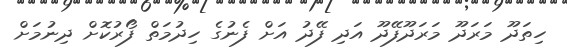
ހިތަދޫ މަރަދޫ މަރަދޫފޭދޫ އަދި ފޭދު އަށް ފެނުގެ ހިދުމަތް ފޯރުކޮށް ދިނުމަށް